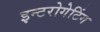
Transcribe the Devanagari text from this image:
इन्टरोगेटिंग